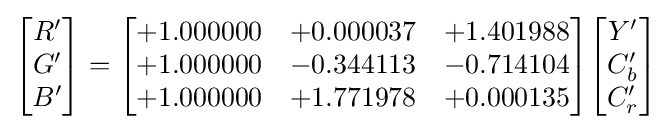
{\begin{bmatrix}R'\\G'\\B'\end{bmatrix}}={\begin{bmatrix}+1.000000&+0.000037&+1.401988\\+1.000000&-0.344113&-0.714104\\+1.000000&+1.771978&+0.000135\end{bmatrix}}{\begin{bmatrix}Y'\\C_{b}'\\C_{r}'\end{bmatrix}}